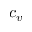
c _ { v }